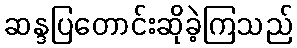
ဆန္ဒပြတောင်းဆိုခဲ့ကြသည်